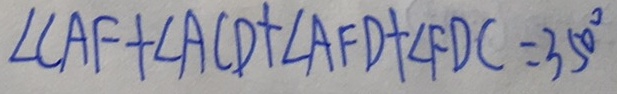
\angle C A F + \angle A C D + \angle A F D + \angle F D C = 3 5 0 ^ { \circ }